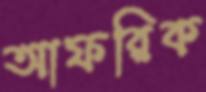
আফরিক